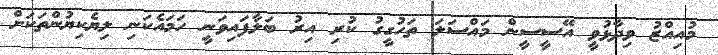
މުއިއްޒު ވިދާޅުވީ އޭސީސީން މައްސަލަ ތަހުގީގު ކުރި އިރު ބަލާފައިވަަނީ ހަމައެކަނި ލިޔެކިޔުންތަކަށް